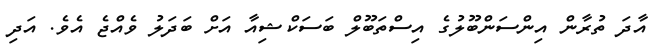
އާދަ ތުރާން އިންސަންބޫލުގެ އިސްތަބޫލް ބަސަކްޝިއާ އަށް ބަދަލު ވެއްޖެ އެވެ. އަދި